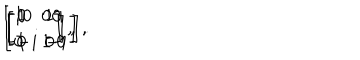
\left[ \begin{array} { c c } { { 1 } } & { { 0 } } \\ { { 0 } } & { { 1 } } \\ \end{array} \right] , \hspace { 2 m m } \left[ \begin{array} { c c } { { 0 } } & { { 1 } } \\ { { 1 } } & { { 0 } } \\ \end{array} \right] , \hspace { 2 m m } \left[ \begin{array} { c c } { { 0 } } & { { i } } \\ { { - i } } & { { 0 } } \\ \end{array} \right] , \hspace { 2 m m } \left[ \begin{array} { c c } { { 1 } } & { { 0 } } \\ { { 0 } } & { { - 1 } } \\ \end{array} \right] .